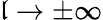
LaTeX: \mathfrak{l}\rightarrow\pm\infty